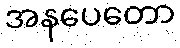
အနပေတော